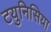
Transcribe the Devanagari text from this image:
टयुनिसिया